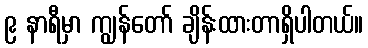
၉ နာရီမှာ ကျွန်တော် ချိန်းထားတာရှိပါတယ်။